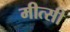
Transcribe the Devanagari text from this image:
मीत्सी